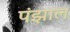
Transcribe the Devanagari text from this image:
पंझाल